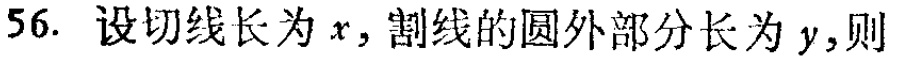
56. 设切线长为 \(x\)，割线的圆外部分长为 \(y\)，则